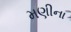
મણીના